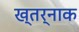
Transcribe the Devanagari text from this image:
ख्तर्नाक